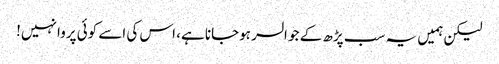
لیکن ہمیں یہ سب پڑھ کے جو السر ہوجانا ہے، اس کی اسے کوئی پروا نہیں!